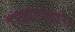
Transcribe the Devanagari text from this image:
राज्यापहारी